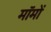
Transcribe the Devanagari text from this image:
मॉमों